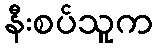
နီးစပ်သူက